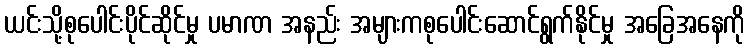
ယင်းသို့စုပေါင်းပိုင်ဆိုင်မှု ပမာဏ အနည်း အများကစုပေါင်းဆောင်ရွက်နိုင်မှု အခြေအနေကို